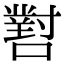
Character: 𡁨